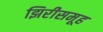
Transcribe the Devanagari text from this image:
झिरीसमूह